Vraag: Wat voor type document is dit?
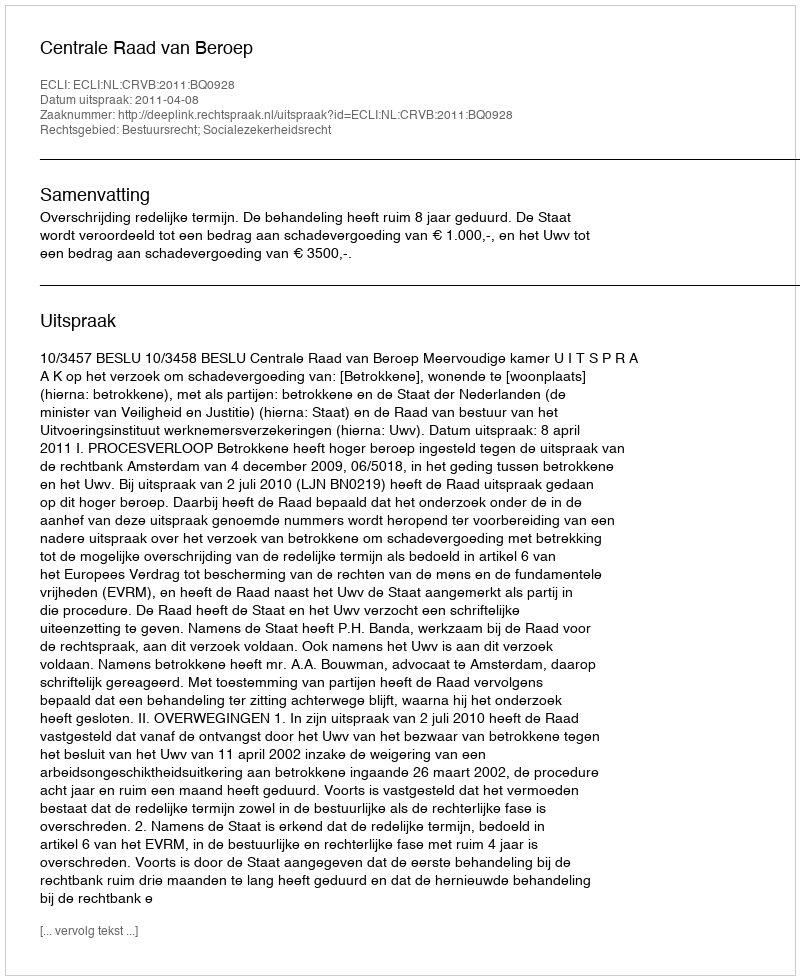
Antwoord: Uitspraak